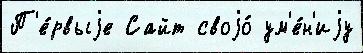
П'е́рвыjе Сайт своjо́ ум'е́н'иjу